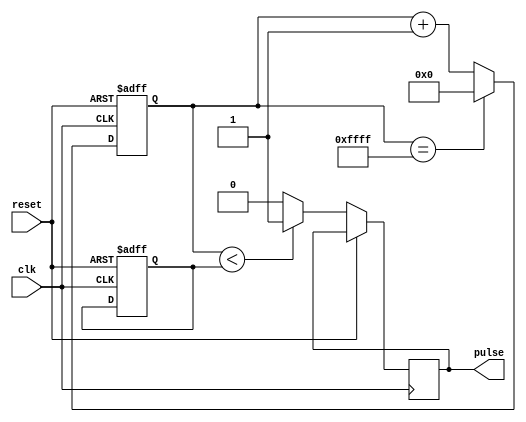
module duty_cycle_pulse_generator(
    input wire clk,
    input wire reset,
    output reg pulse
);

reg [15:0] count;
reg [15:0] threshold;

parameter MAX_COUNT = 65535; // Max count for 16-bit counter
parameter DUTY_CYCLE = 50; // Desired duty cycle in percentage

always @(posedge clk or posedge reset) begin
    if (reset) begin
        count <= 0;
        threshold <= MAX_COUNT * DUTY_CYCLE / 100;
    end else begin
        if (count == MAX_COUNT) begin
            count <= 0;
        end else begin
            count <= count + 1;
        end
        
        if (count < threshold) begin
            pulse <= 1;
        end else begin
            pulse <= 0;
        end
    end
end

endmodule